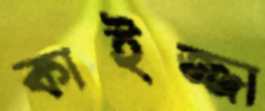
কাইজ্জা